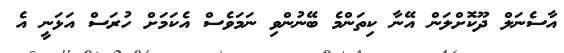
އާސެނަލް ދޫކޮށްލަން އޭނާ ކިތަންމެ ބޭނުންވި ނަމަވެސް އެކަމަށް ހުރަސް އަޅަނީ އެ